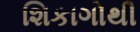
શિકાગોથી